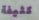
كثيفة